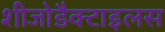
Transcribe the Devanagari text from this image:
शीजोडैक्टाइलस